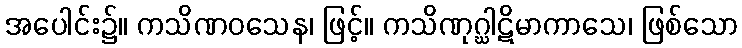
အပေါင်း၌။ ကသိဏဝသေန၊ ဖြင့်။ ကသိဏုဂ္ဃါဋိမာကာသေ၊ ဖြစ်သော